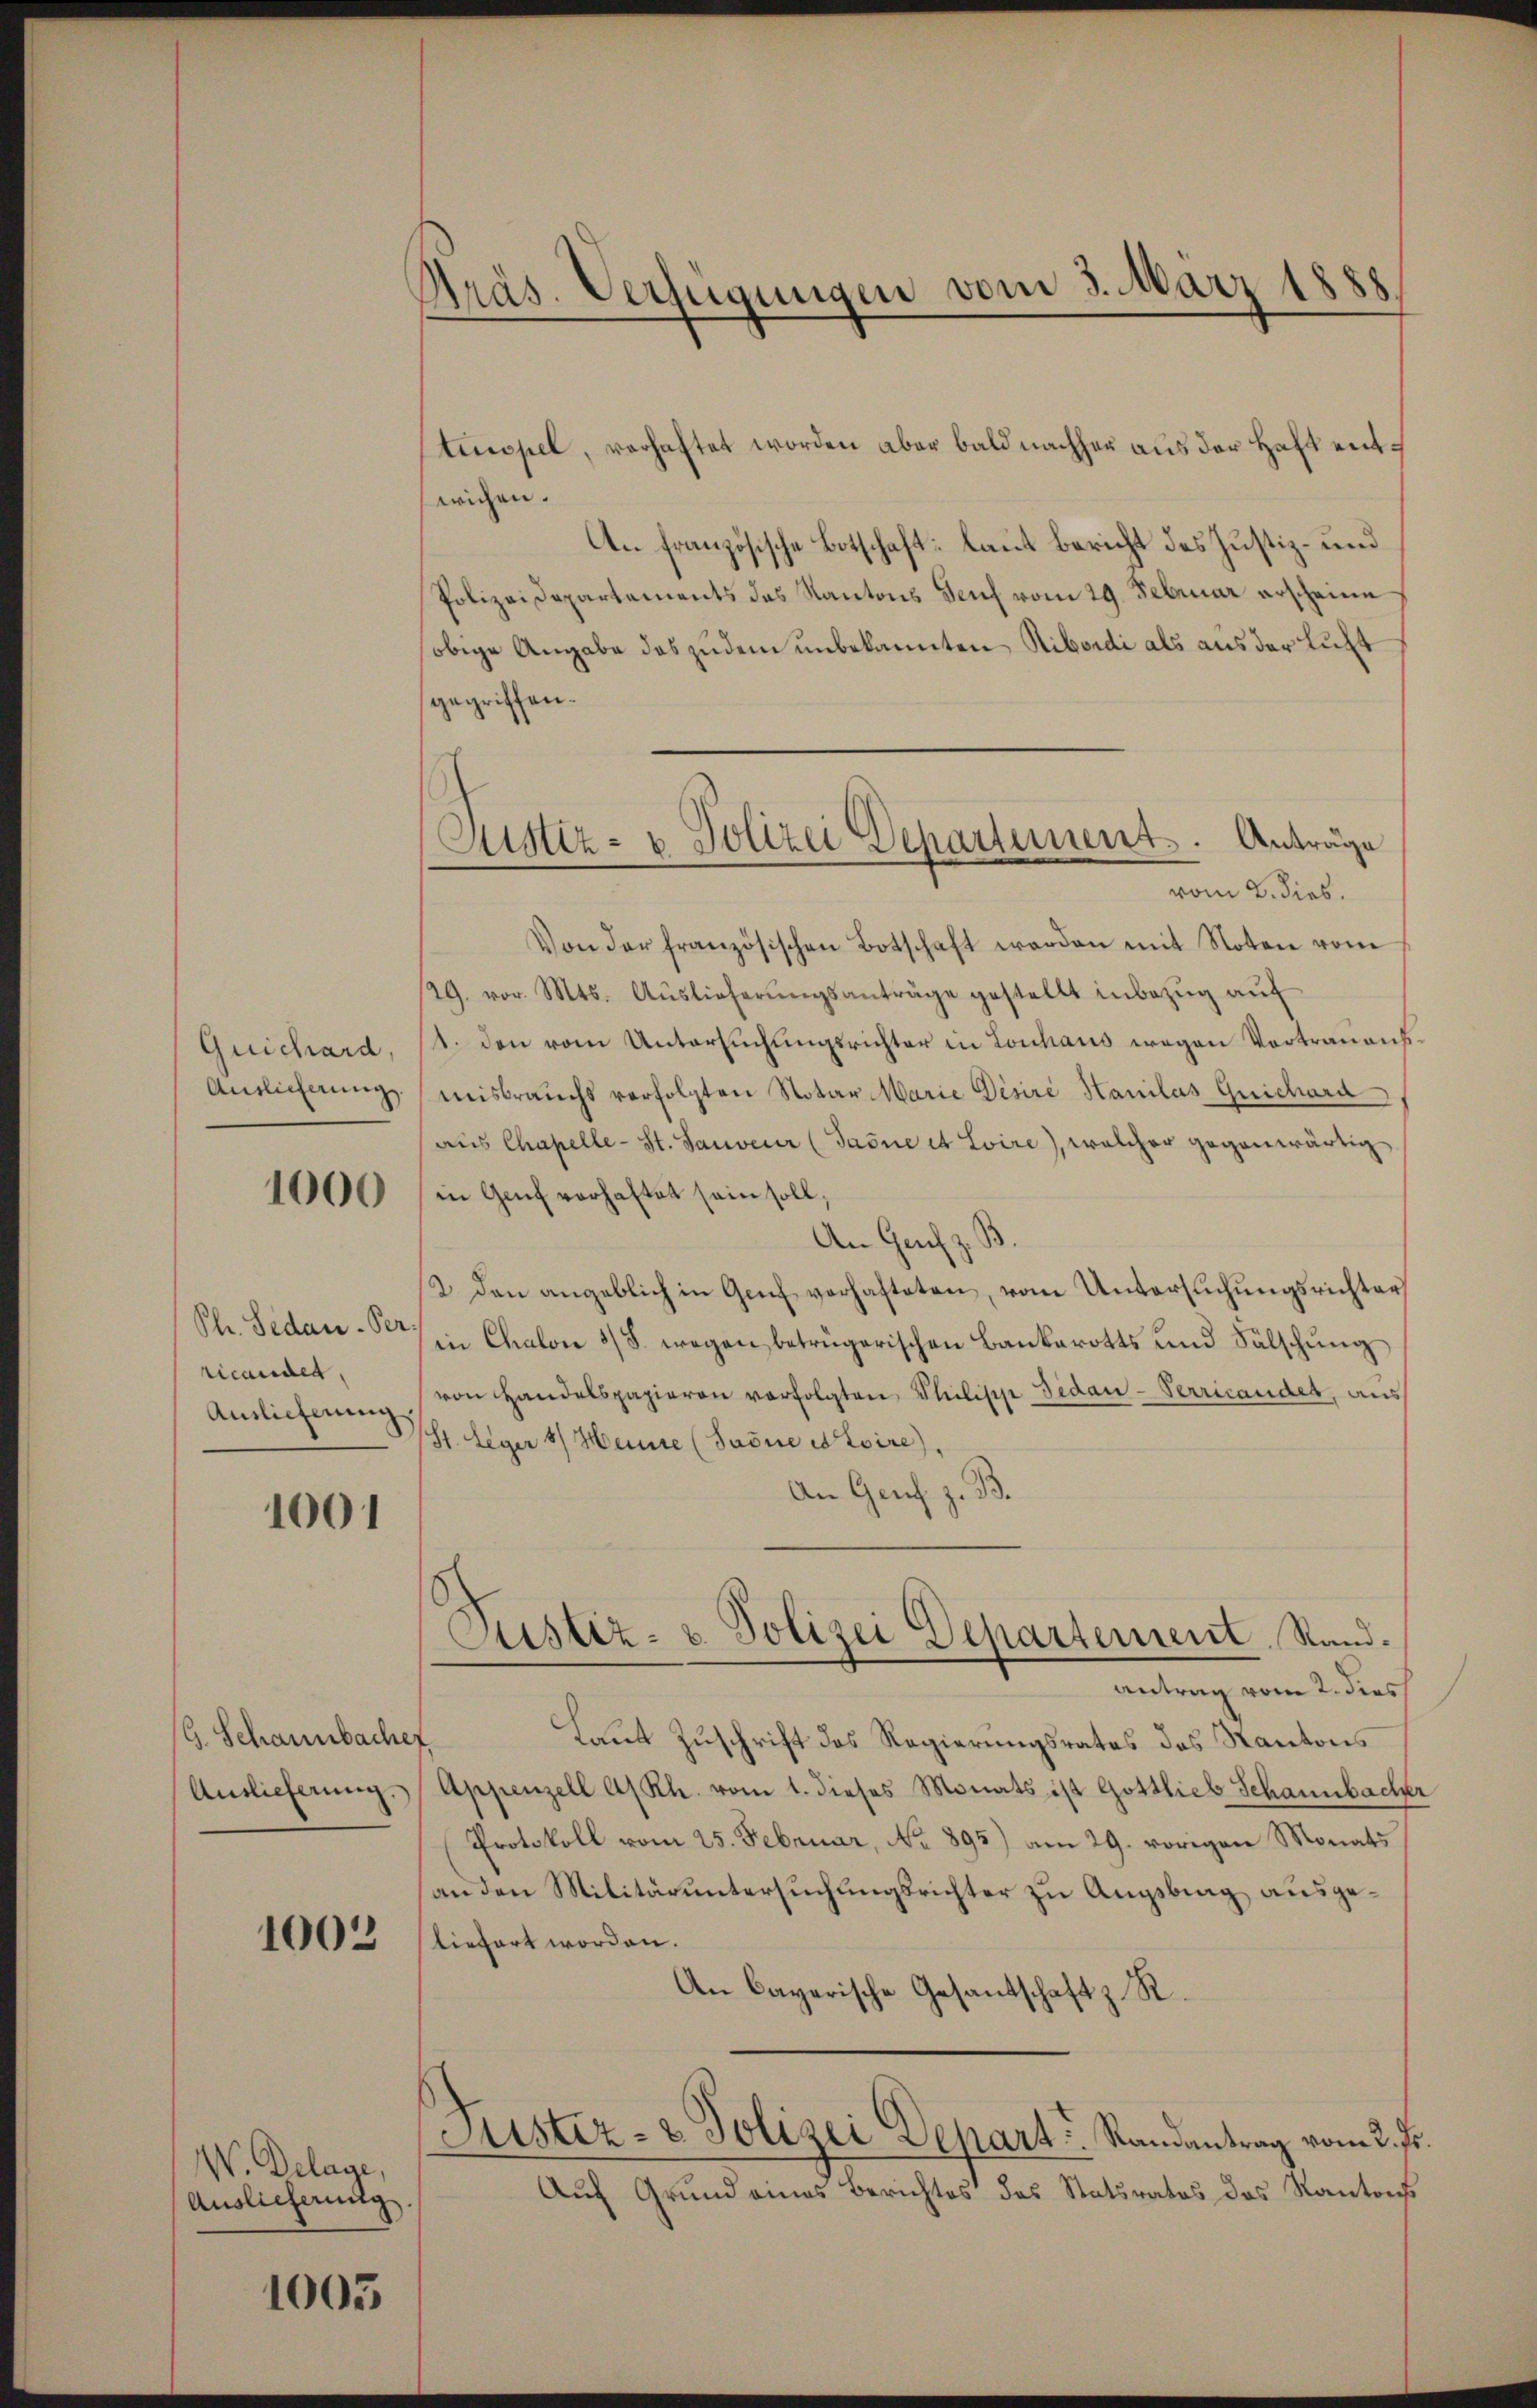
Quichard
Auslieferung

1000

Ph. Sedan. Per
ricandet,
Auslieferung

1001

G. Schannbacher
Auslieferung.

1002

W. Delage,
Auslieferung.

1005

Präs. Verfügungen vom 3. März 1888

tinopel, verhaftet worden aber bald nachher aus der Haft entwichen.
An französische Botschaft: laut Bericht des Justiz- und
Polizeidepartements des Kantons Senf vom 29. Februar erscheine
obige Angabe des zudem unbekannten Ribordi als aus der Luft
gegriffen.
vom 2. dies
Von der französischen Botschaft werden mit Noten vom
29. vor. Mts. Aŭslieferŭngsanträge gestellt inbezŭg aŭf
1. den vom Untersuchungsrichter in Lonhaus wegen Vortrauenf
misbrauchs verfolgten Notar Marie Disire Hauilás Guichara
aus Chapelle-St. Sauveur (Jaone et Loire), welcher gegenwärtig
in Genf verhaltet sein soll,
An Genf z. B.
2. den angeblich in Genf verhafteten, vom Untersuchungsrichter
Iin Chalon 3/8. wegen betrügerischen Bankarotts und Fälschung
von Handelspapieren verfolgten Philipp Gedan-Terricandes, aus
(St. Leger 8/ Heinre (Saone es toire)
An Genf z. B.
Justiz- u. Polizei Departement, Stand.
antrag vom 2. dies
Laut Zuschrift des Regierungsrates des Kantons
Appenzell A/Rh. vom 1. dieses Monats ist Gottlieb Schannbach
Protokoll vom 25. Februar, No 895) am 29. vorigen Monats
an den Militäruntersuchungsrichter zu Augsbing ausgetiefert worden.
An Cayerische Gesantschaft z. R.
Justiz- & Polizei Depart: Randantrag vom 2. Js.
Auf Grund eines Berichtes des Statsrates des Kantonss

Justiz- u. Polizei Departement. Anträge